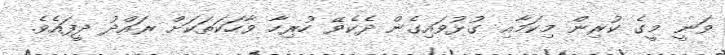
ވަނީ މީގެ ކުރިން މިކަމާއި ގުޅުވައިގެން ދެކެވޭ ހުރިހާ ވާހަކަތަކަށް ރައްދު ދީފައެވެ.